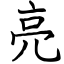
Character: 亮